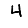
Digit: 4